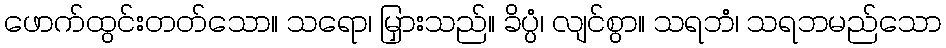
ဖောက်ထွင်းတတ်သော။ သရော၊ မြှားသည်။ ခိပ္ပံ၊ လျင်စွာ။ သရဘံ၊ သရဘမည်သော